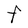
Character: F